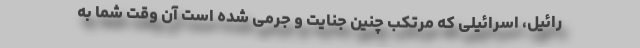
رائیل، اسرائیلی که مرتکب چنین جنایت و جرمی شده است آن وقت شما به